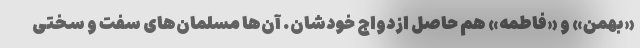
«بهمن» و «فاطمه» هم حاصل ازدواج خودشان. آن‌ها مسلمان‌های سفت و سختی